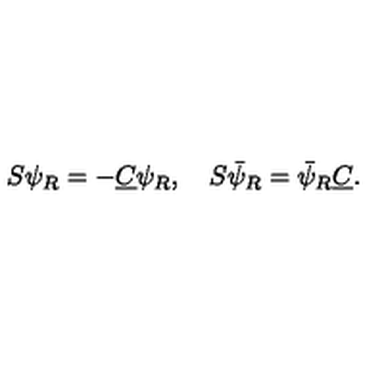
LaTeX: S \psi _ { R } = - \underline { { C } } \psi _ { R } , \quad S \bar { \psi } _ { R } = \bar { \psi } _ { R } \underline { { C } } .